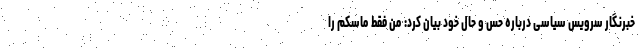
خبرنگار سرویس سیاسی درباره حس و حال خود بیان کرد: من فقط ماسکم را